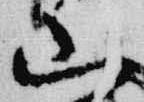
山